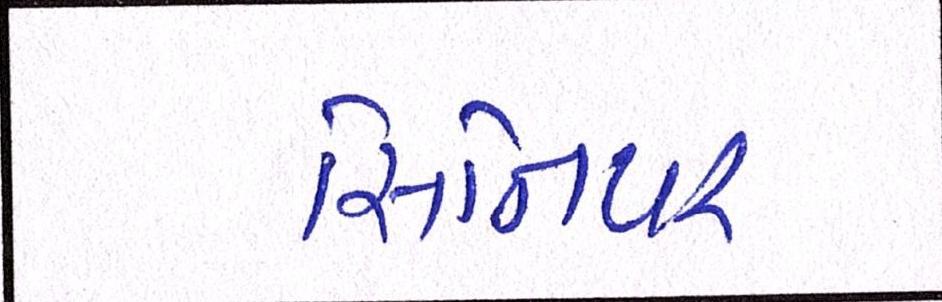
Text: સિનિયર